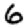
Digit: 6